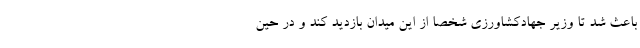
باعث شد تا وزیر جهادکشاورزی شخصا از این میدان بازدید کند و در حین